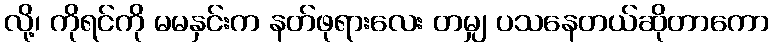
လို့၊ ကိုရင်ကို မမနှင်းက နတ်ဖုရားလေး တမျှ ပသနေတယ်ဆိုတာကော